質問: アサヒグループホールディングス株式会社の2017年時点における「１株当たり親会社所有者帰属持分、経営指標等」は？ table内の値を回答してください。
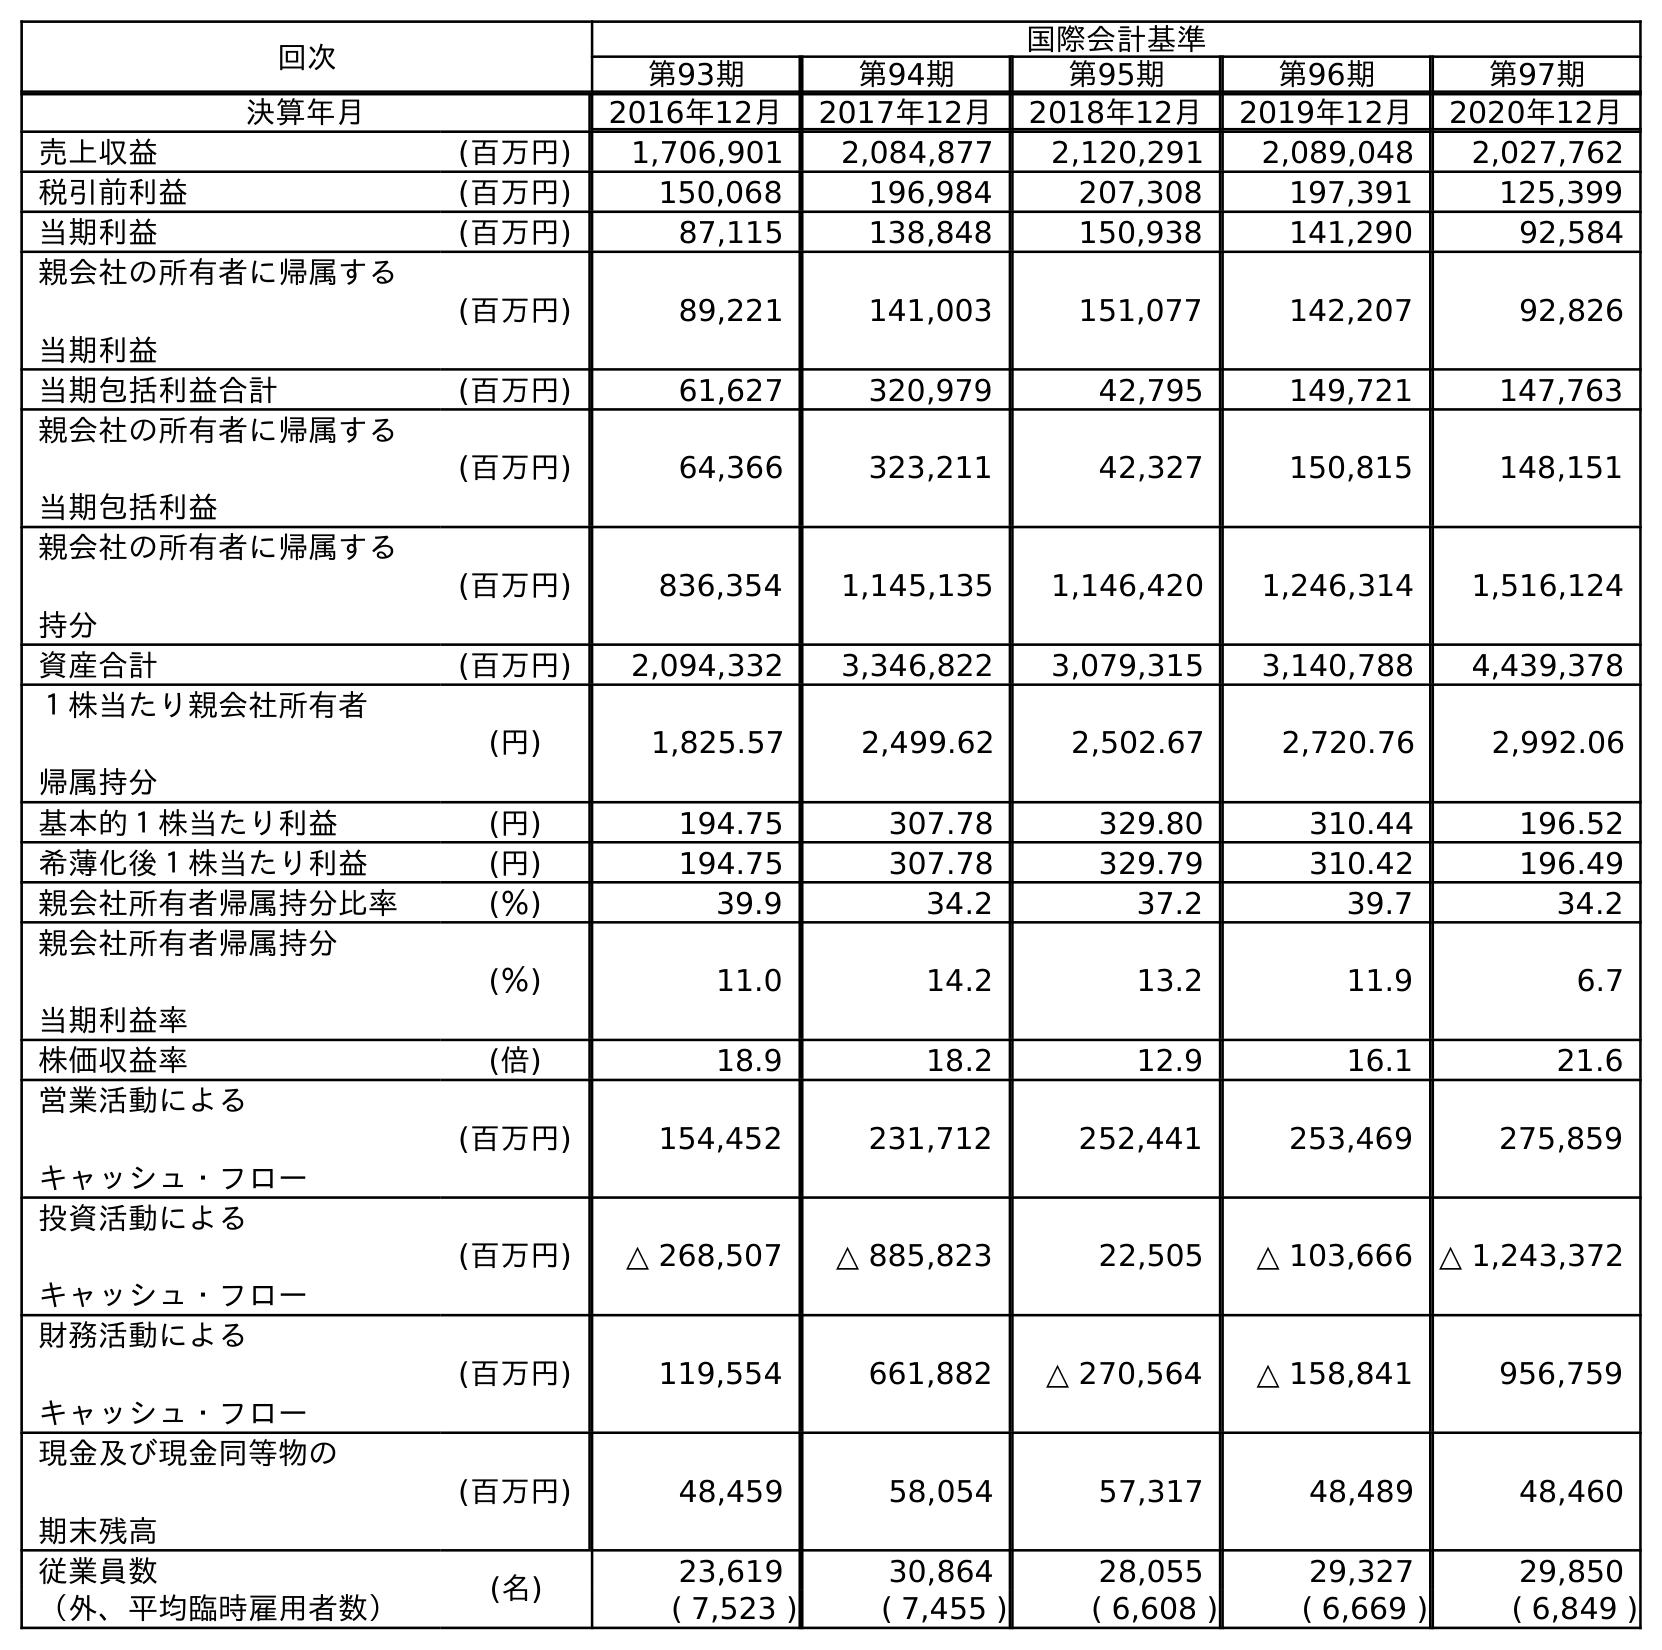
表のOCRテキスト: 回次 国際会計基準 第93期 第94期 第95期 第96期 第97期 決算年月 2016年12月 2017年12月 2018年12月 2019年12月 2020年12月 売上収益 (百万円) 1,706,901 2,084,877 2,120,291 2,089,048 2,027,762 税引前利益 (百万円) 150,068 196,984 207,308 197,391 125,399 当期利益 (百万円) 87,115 138,848 150,938 141,290 92,584 親会社の所有者に帰属する 当期利益 (百万円) 89,221 141,003 151,077 142,207 92,826 当期包括利益合計 (百万円) 61,627 320,979 42,795 149,721 147,763 親会社の所有者に帰属する 当期包括利益 (百万円) 64,366 323,211 42,327 150,815 148,151 親会社の所有者に帰属する 持分 (百万円) 836,354 1,145,135 1,146,420 1,246,314 1,516,124 資産合計 (百万円) 2,094,332 3,346,822 3,079,315 3,140,788 4,439,378 １株当たり親会社所有者 帰属持分 (円) 1,825.57 2,499.62 2,502.67 2,720.76 2,992.06 基本的１株当たり利益 (円) 194.75 307.78 329.80 310.44 196.52 希薄化後１株当たり利益 (円) 194.75 307.78 329.79 310.42 196.49 親会社所有者帰属持分比率 (％) 39.9 34.2 37.2 39.7 34.2 親会社所有者帰属持分 当期利益率 (％) 11.0 14.2 13.2 11.9 6.7 株価収益率 (倍) 18.9 18.2 12.9 16.1 21.6 営業活動による キャッシュ・フロー (百万円) 154,452 231,712 252,441 253,469 275,859 投資活動による キャッシュ・フロー (百万円) △ 268,507 △ 885,823 22,505 △ 103,666 △ 1,243,372 財務活動による キャッシュ・フロー (百万円) 119,554 661,882 △ 270,564 △ 158,841 956,759 現金及び現金同等物の 期末残高 (百万円) 48,459 58,054 57,317 48,489 48,460 従業員数 (名) 23,619 30,864 28,055 29,327 29,850 （外、平均臨時雇用者数） ( 7,523 ) ( 7,455 ) ( 6,608 ) ( 6,669 ) ( 6,849 )
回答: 2,499.62